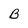
Character: B